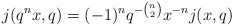
\begin{align*} j(q^{n} x, q) = (-1)^{n} q^{-\binom{n}{2}} x^{-n} j(x,q)\end{align*}